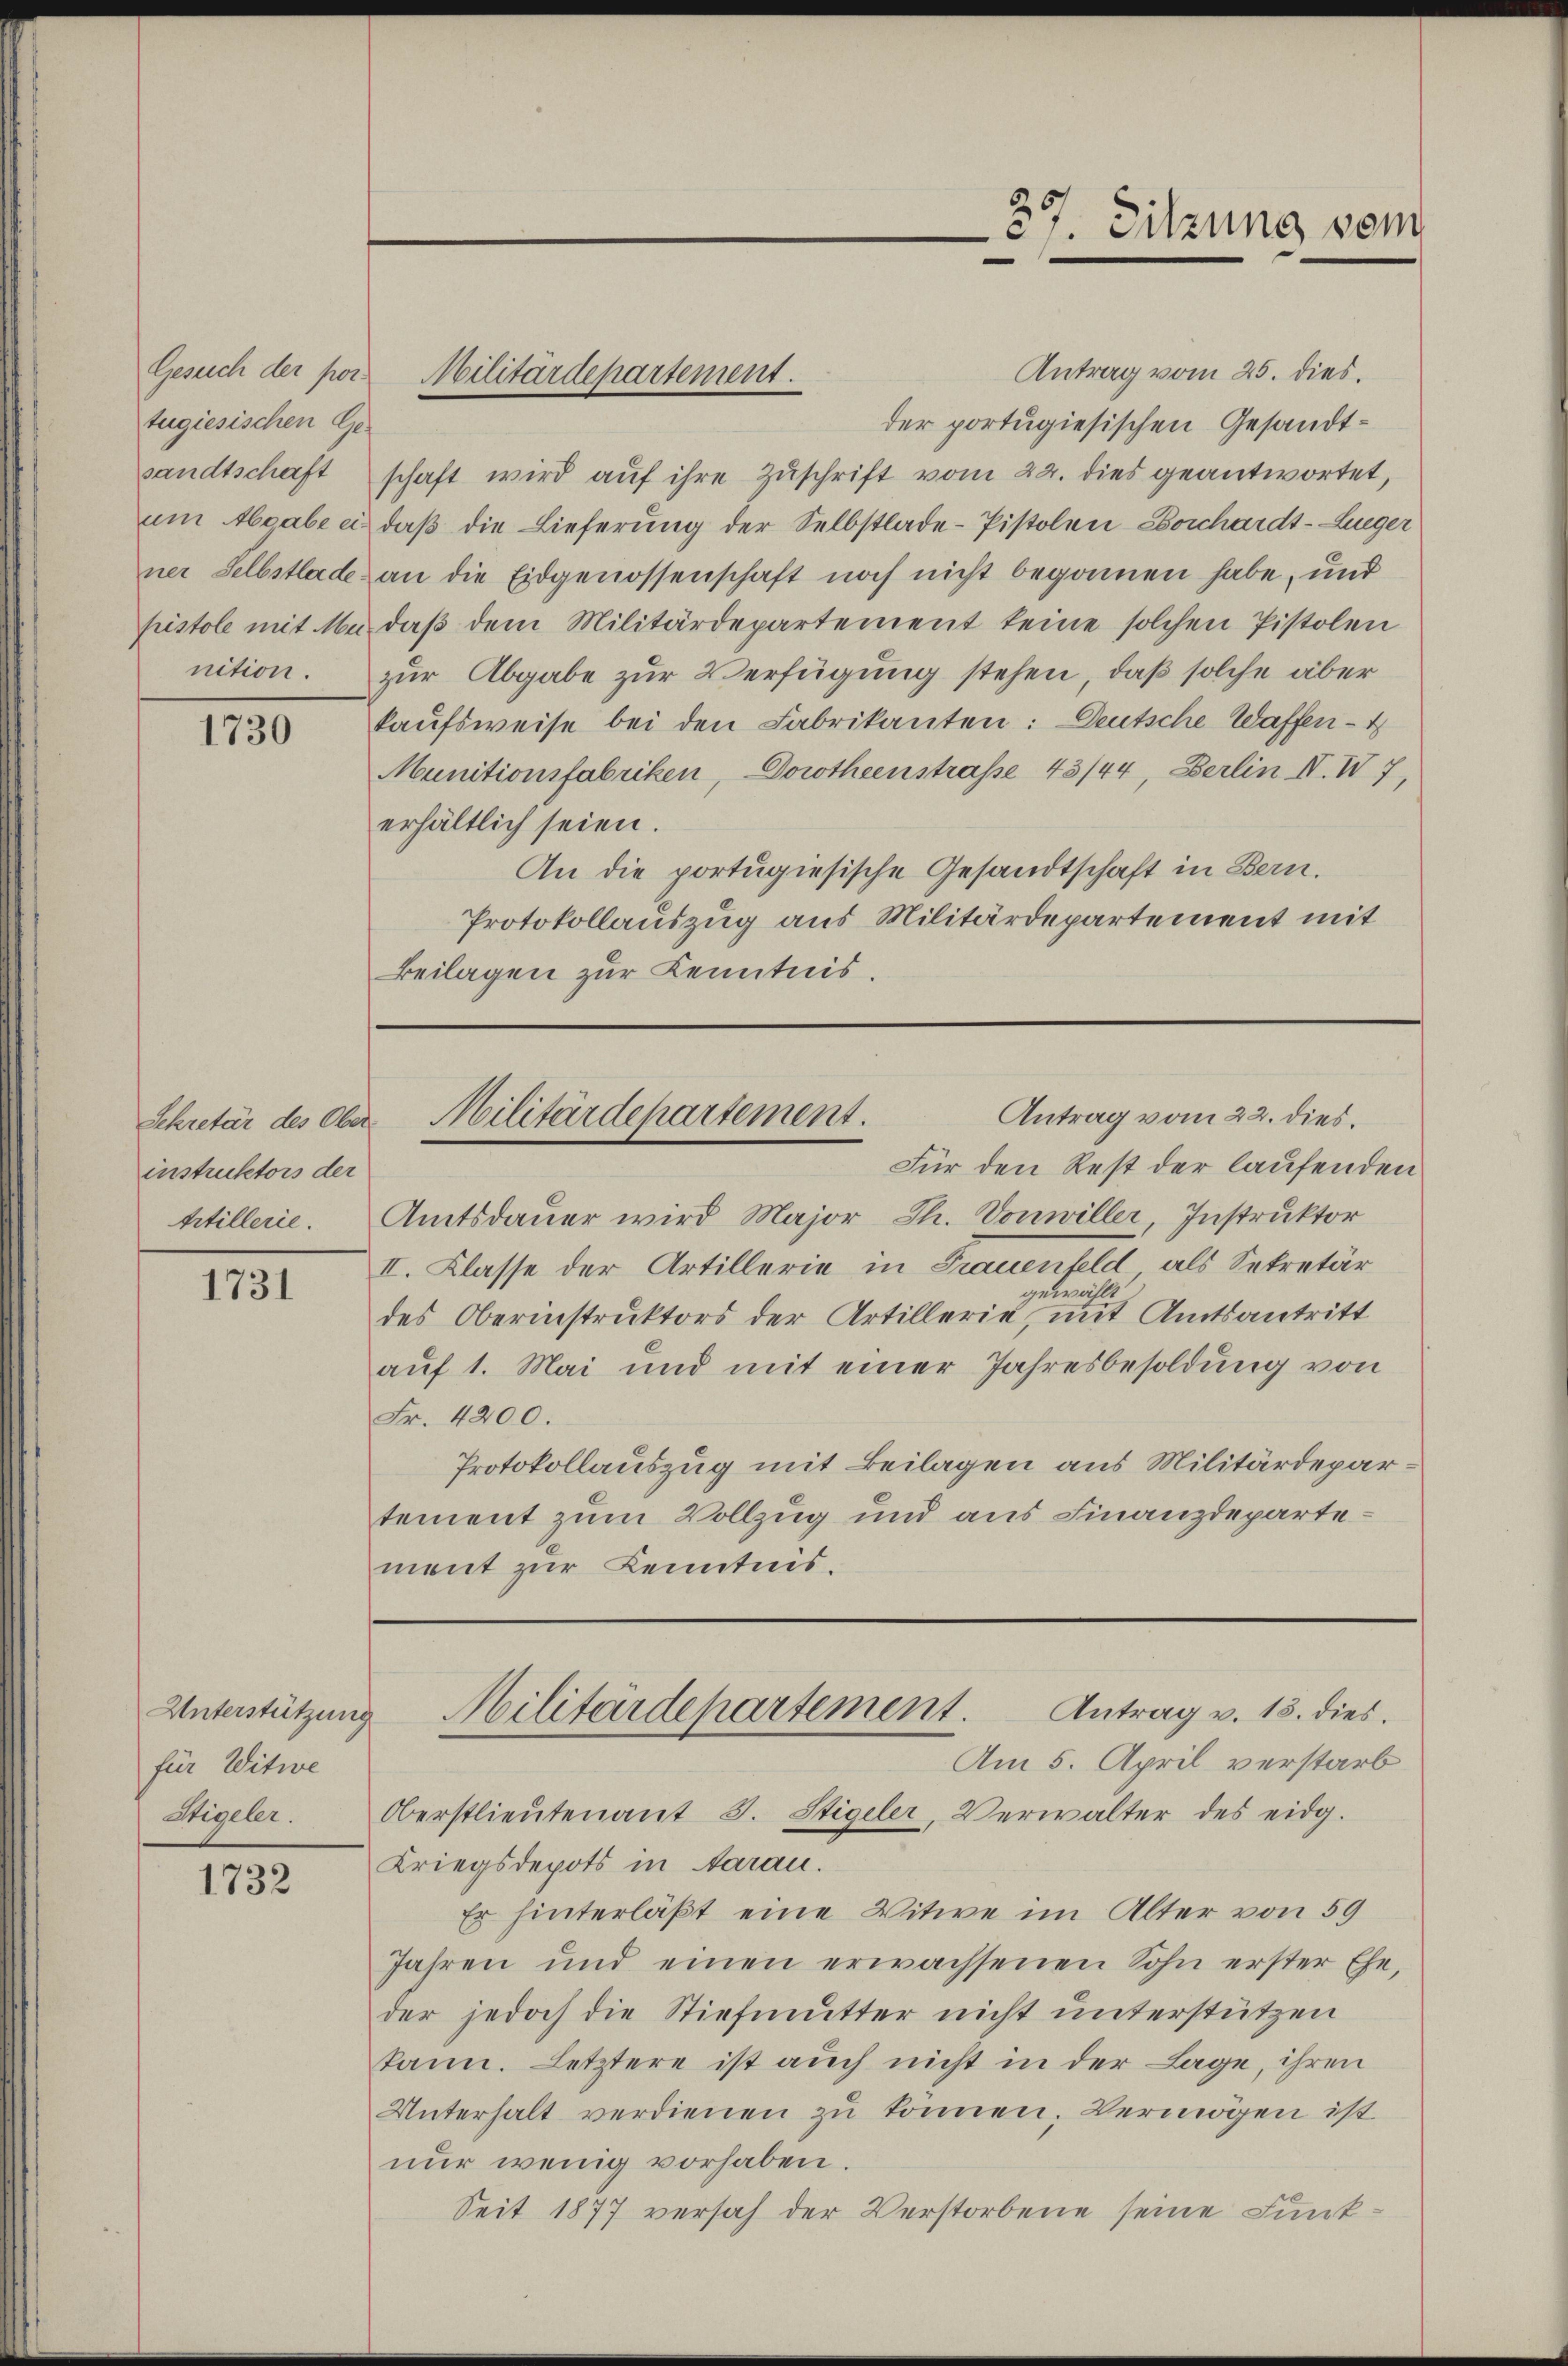
tugiesischen Gesandtschaft
nition.

1730

Sekretär des Ober
instruktors der
trtillerie.

1731

Antrag vom 25. dies.
der portugiesischen Gesandtschaft wird aŭf ihre Zuschrift vom 22. dies geantwortet,
am Abgabe ein, daß die Lieferung der Selbstlade-Pistolen Borchardt-Zueger
ner Selbstlade an die Eidgenossenschaft noch nicht begonnen habe, und
pistole mit M. daβ dem Militärdepartement keine solchen Pistolen
zur Abgabe zur Verfügung stehen, daß solche aber
kaufsweise bei den Fabrikanten: Deutsche Waffen - 4
Munitionsfabriken, Dorotheenstrasse 43/44, Berlin IV. IV 7,
erhältlich seien.
An die portugiesische Gesandtschaft in Bern.
Protokollauszug aus Militärdepartement mit
Beilagen zur Kenntnis.

Unterstützung
für Witwe
Sigeler.

1732

Für den Rest der laufenden
Amtsdauer wird Major Th. Vonwiller, Instruktor
II. Klasse der Artillerie in Frauenfeld, als Sekretär
gewählt
des Oberinstruktors der Artillerie, mit Amtsantritt
auf 1. Mai und mit einer Jahresbesoldung von
Fr. 4200.
Protokollauszug mit Beilagen aus Militärdepartement zum Vollzug und aus Finanzdepartement zur Kenntnis.

Gesuch der por Militärdepartement.

37. Sitzung vom

Antrag vom 22. dies
Militärdepartement.

Oberstlieutenant J. Stigeler, Verwalter des eidg.
Kriegsdepots in Aarau.
Er hinterläßt eine Witwe im Alter von 59
Jahren und einen erwachsenen Sohn erster Ehe,
der jedoch die Stiefmutter nicht unterstützen
kann. Letztere ist auch nicht in der Lage, ihren
Unterhalt verdienen zu können. Vermögen ist
nur wenig vorhaben.
Seit 1877 versah der Verstorbene seine Lunk¬

Antrag v. 18. dies.
Militärdepartement.
Am 5. April verstarb